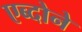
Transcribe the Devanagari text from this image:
एब्दोने